Vaccination in the Punjab 1883-1896 - 1883-1896
Year: 1883
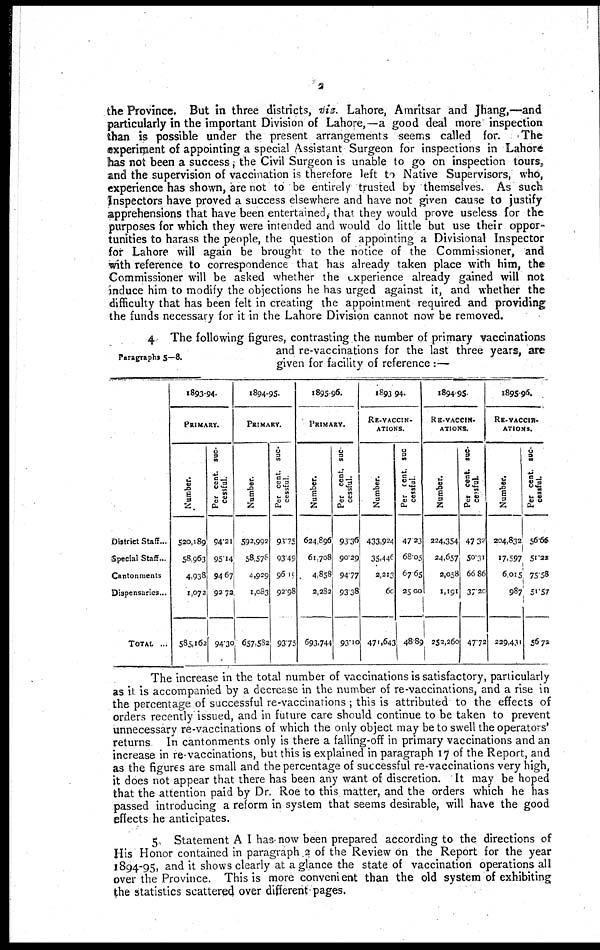
2
the Province. But in three districts, viz. Lahore, Amritsar and Jhang,—and
particularly in the important Division of Lahore,—a good deal more inspection
than is possible under the present arrangements seems called for.
The
experiment of appointing a special Assistant Surgeon for inspections in Lahore
has not been a success; the Civil Surgeon is unable to go on inspection tours,
and the supervision of vaccination is therefore left to Native Supervisors, who,
experience has shown, are not to be entirely trusted by themselves. As such
Inspectors have proved a success elsewhere and have not given cause to justify
apprehensions that have been entertained, that they would prove useless for the
purposes for which they were intended and would do little but use their oppor-
tunities to harass the people, the question of appointing a Divisional Inspector
for Lahore will again be brought to the notice of the Commissioner, and
with reference to correspondence that has already taken place with him, the
Commissioner will be asked whether the experience already gained will not
induce him to modify the objections he has urged against it, and whether the
difficulty that has been felt in creating the appointment required and providing
the funds necessary for it in the Lahore Division cannot now be removed.
Paragraphs 5—8.
4 The following figures, contrasting the number of primary vaccinations
and re-vaccinations for the last three years, are
given for facility of reference :—
District Staff ...
Special Staff ...
Cantonments ...
Dispensaries ...
TOTAL ...
1893-94.
PRIMARY.
Number.
520,189
58,963
4,938
1,072
585,162
Per cent. suc-
cessful.
94.21
95.14
94.67
92.72
94.30
1894-95.
PRIMARY.
Number.
592,992
58,578
4,929
1,083
657,582
Per cent. suc-
cessful.
93.75
93.49
96.19
92.98
93.75
1895-96.
PRIMARY.
Number.
624,896
61,708
4,858
2,282
693,744
Per cent. suc-
cessful.
93.36
90.29
94.77
93.38
93.10
1893-94.
RE-VACCIN¬
------.
Number.
433,924
35.446
2,213
60
471,643
Per cent. suc¬
cessful.
47.23
68.05
67.65
25.00
48.89
1894.95.
RE-VACCIN¬
ATIONS.
Number.
224,354
24,657
2,058
1,191
252,260
Per cent. suc-
cessful.
47.32
50.31
66.86
37.20
47.72
l895-96.
RE-VACCIN¬
ATIONS.
Number.
204,832
17,597
6,015
987
229,431
Per cent. suc-
cessful.
56.66
51.22
75.58
51.57
56.72
The increase in the total number of vaccinations is satisfactory, particularly
as it. is accompanied by a decrease in the number of re-vaccinations, and a rise in
the percentage of successful re-vaccinations ; this is attributed to the effects of
orders recently issued, and in future care should continue to be taken to prevent
unnecessary re-vaccinations of which the only object may be to swell the operators'
returns In cantonments only is there a falling-off in primary vaccinations and an
increase in re-vaccinations, but this is explained in paragraph 17 of the Report, and
as the figures are small and the percentage of successful re-vaccinations very high,
it does not appear that there has been any want of discretion. It may be hoped
that the attention paid by Dr. Roe to this matter, and the orders which he has
passed introducing a reform in system that seems desirable, will have the good
effects he anticipates.
5. Statement A I has now been prepared according to the directions of
His Honor contained in paragraph 2 of the Review on the Report for the year
1894-95, and it shows clearly at a glance the state of vaccination operations all
over the Province. This is more convenient than the old system of exhibiting
the statistics scattered over different pages.